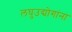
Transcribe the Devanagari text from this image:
लघुउद्योगांना